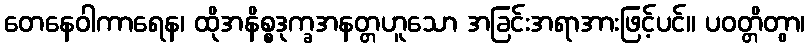
တေနေဝါကာရေန၊ ထိုအနိစ္စဒုက္ခအနတ္တဟူသော အခြင်းအရာအားဖြင့်ပင်။ ပဝတ္တိတွာ၊